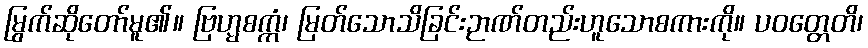
မြွက်ဆိုတော်မူ၏။ ဗြဟ္မစက္ကံ၊ မြတ်သောသိခြင်းဉာဏ်တည်းဟူသောစကားကို။ ပဝတ္တေတိ၊